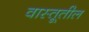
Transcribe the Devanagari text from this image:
वास्तूतील